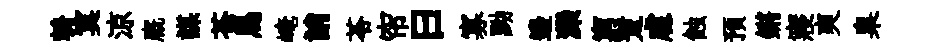
輈寞涼廐謀苍鳥崦誚苓帘曰寡黝邊灤窮蹔䖏蝕预鏘寢爽臬